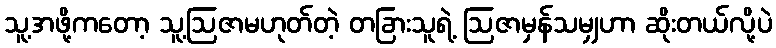
သူ့အဖို့ကတော့ သူ့ဩဇာမဟုတ်တဲ့ တခြားသူရဲ့ ဩဇာမှန်သမျှဟာ ဆိုးတယ်လို့ပဲ